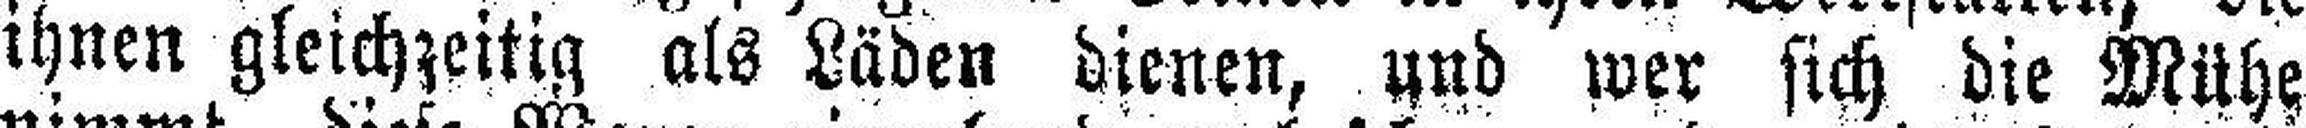
ihnen gleichzeitig als Läden dienen, und wer sich die Mühe